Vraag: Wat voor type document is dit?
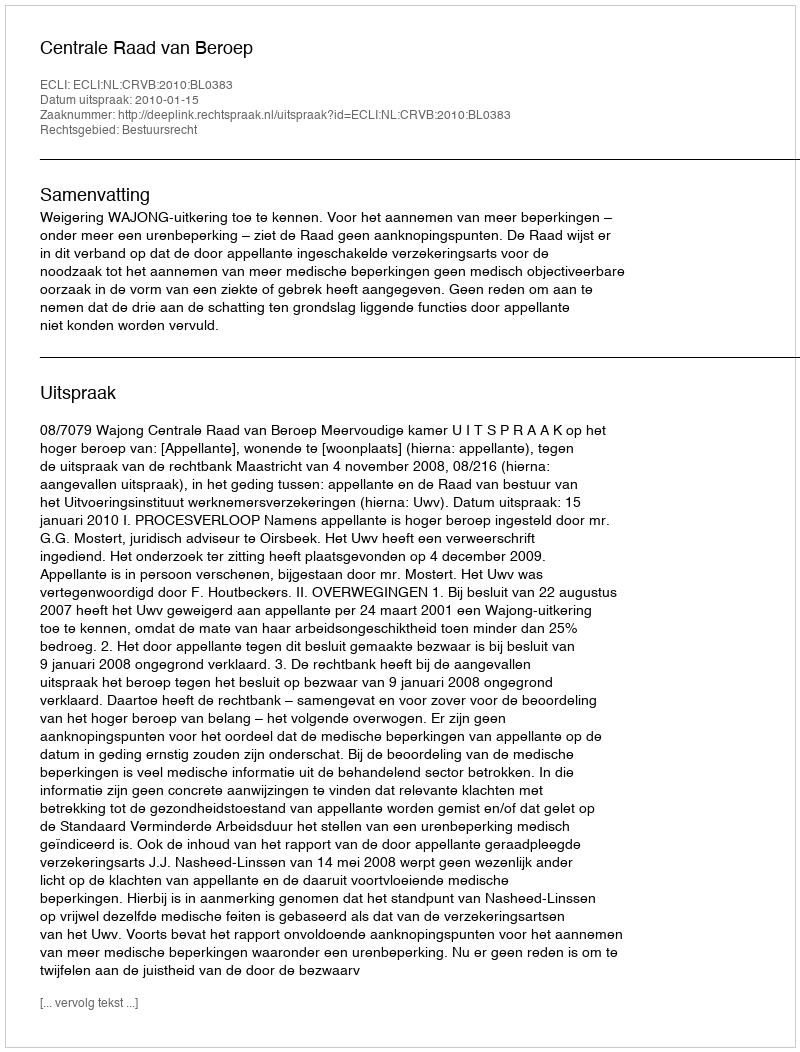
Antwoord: Uitspraak